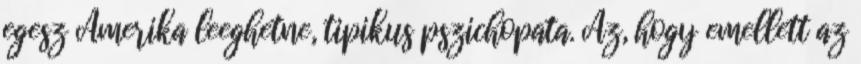
egesz Amerika leeghetne, tipikus pszichopata. Az, hogy emellett az